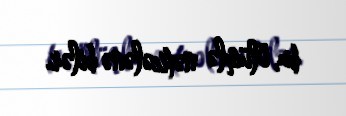
bu, ölümlə nəticələnə bilər.